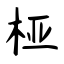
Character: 桠